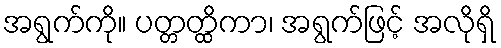
အရွက်ကို။ ပတ္တတ္ထိကာ၊ အရွက်ဖြင့် အလိုရှိ